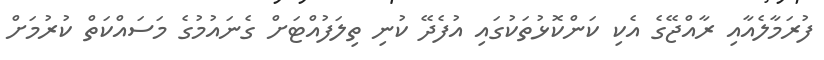
ފުރަމާލެއާއި ރާއްޖޭގެ އެކި ކަންކޮޅުތަކުގައި އުފެދޭ ކުނި ތިލަފުއްޓަށް ގެނައުމުގެ މަސައްކަތް ކުރުމަށް